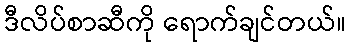
ဒီလိပ်စာဆီကို ရောက်ချင်တယ်။